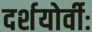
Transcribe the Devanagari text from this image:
दर्शयोर्वीः